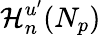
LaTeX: \mathcal{H}_{n}^{u^{\prime}}(N_{p})